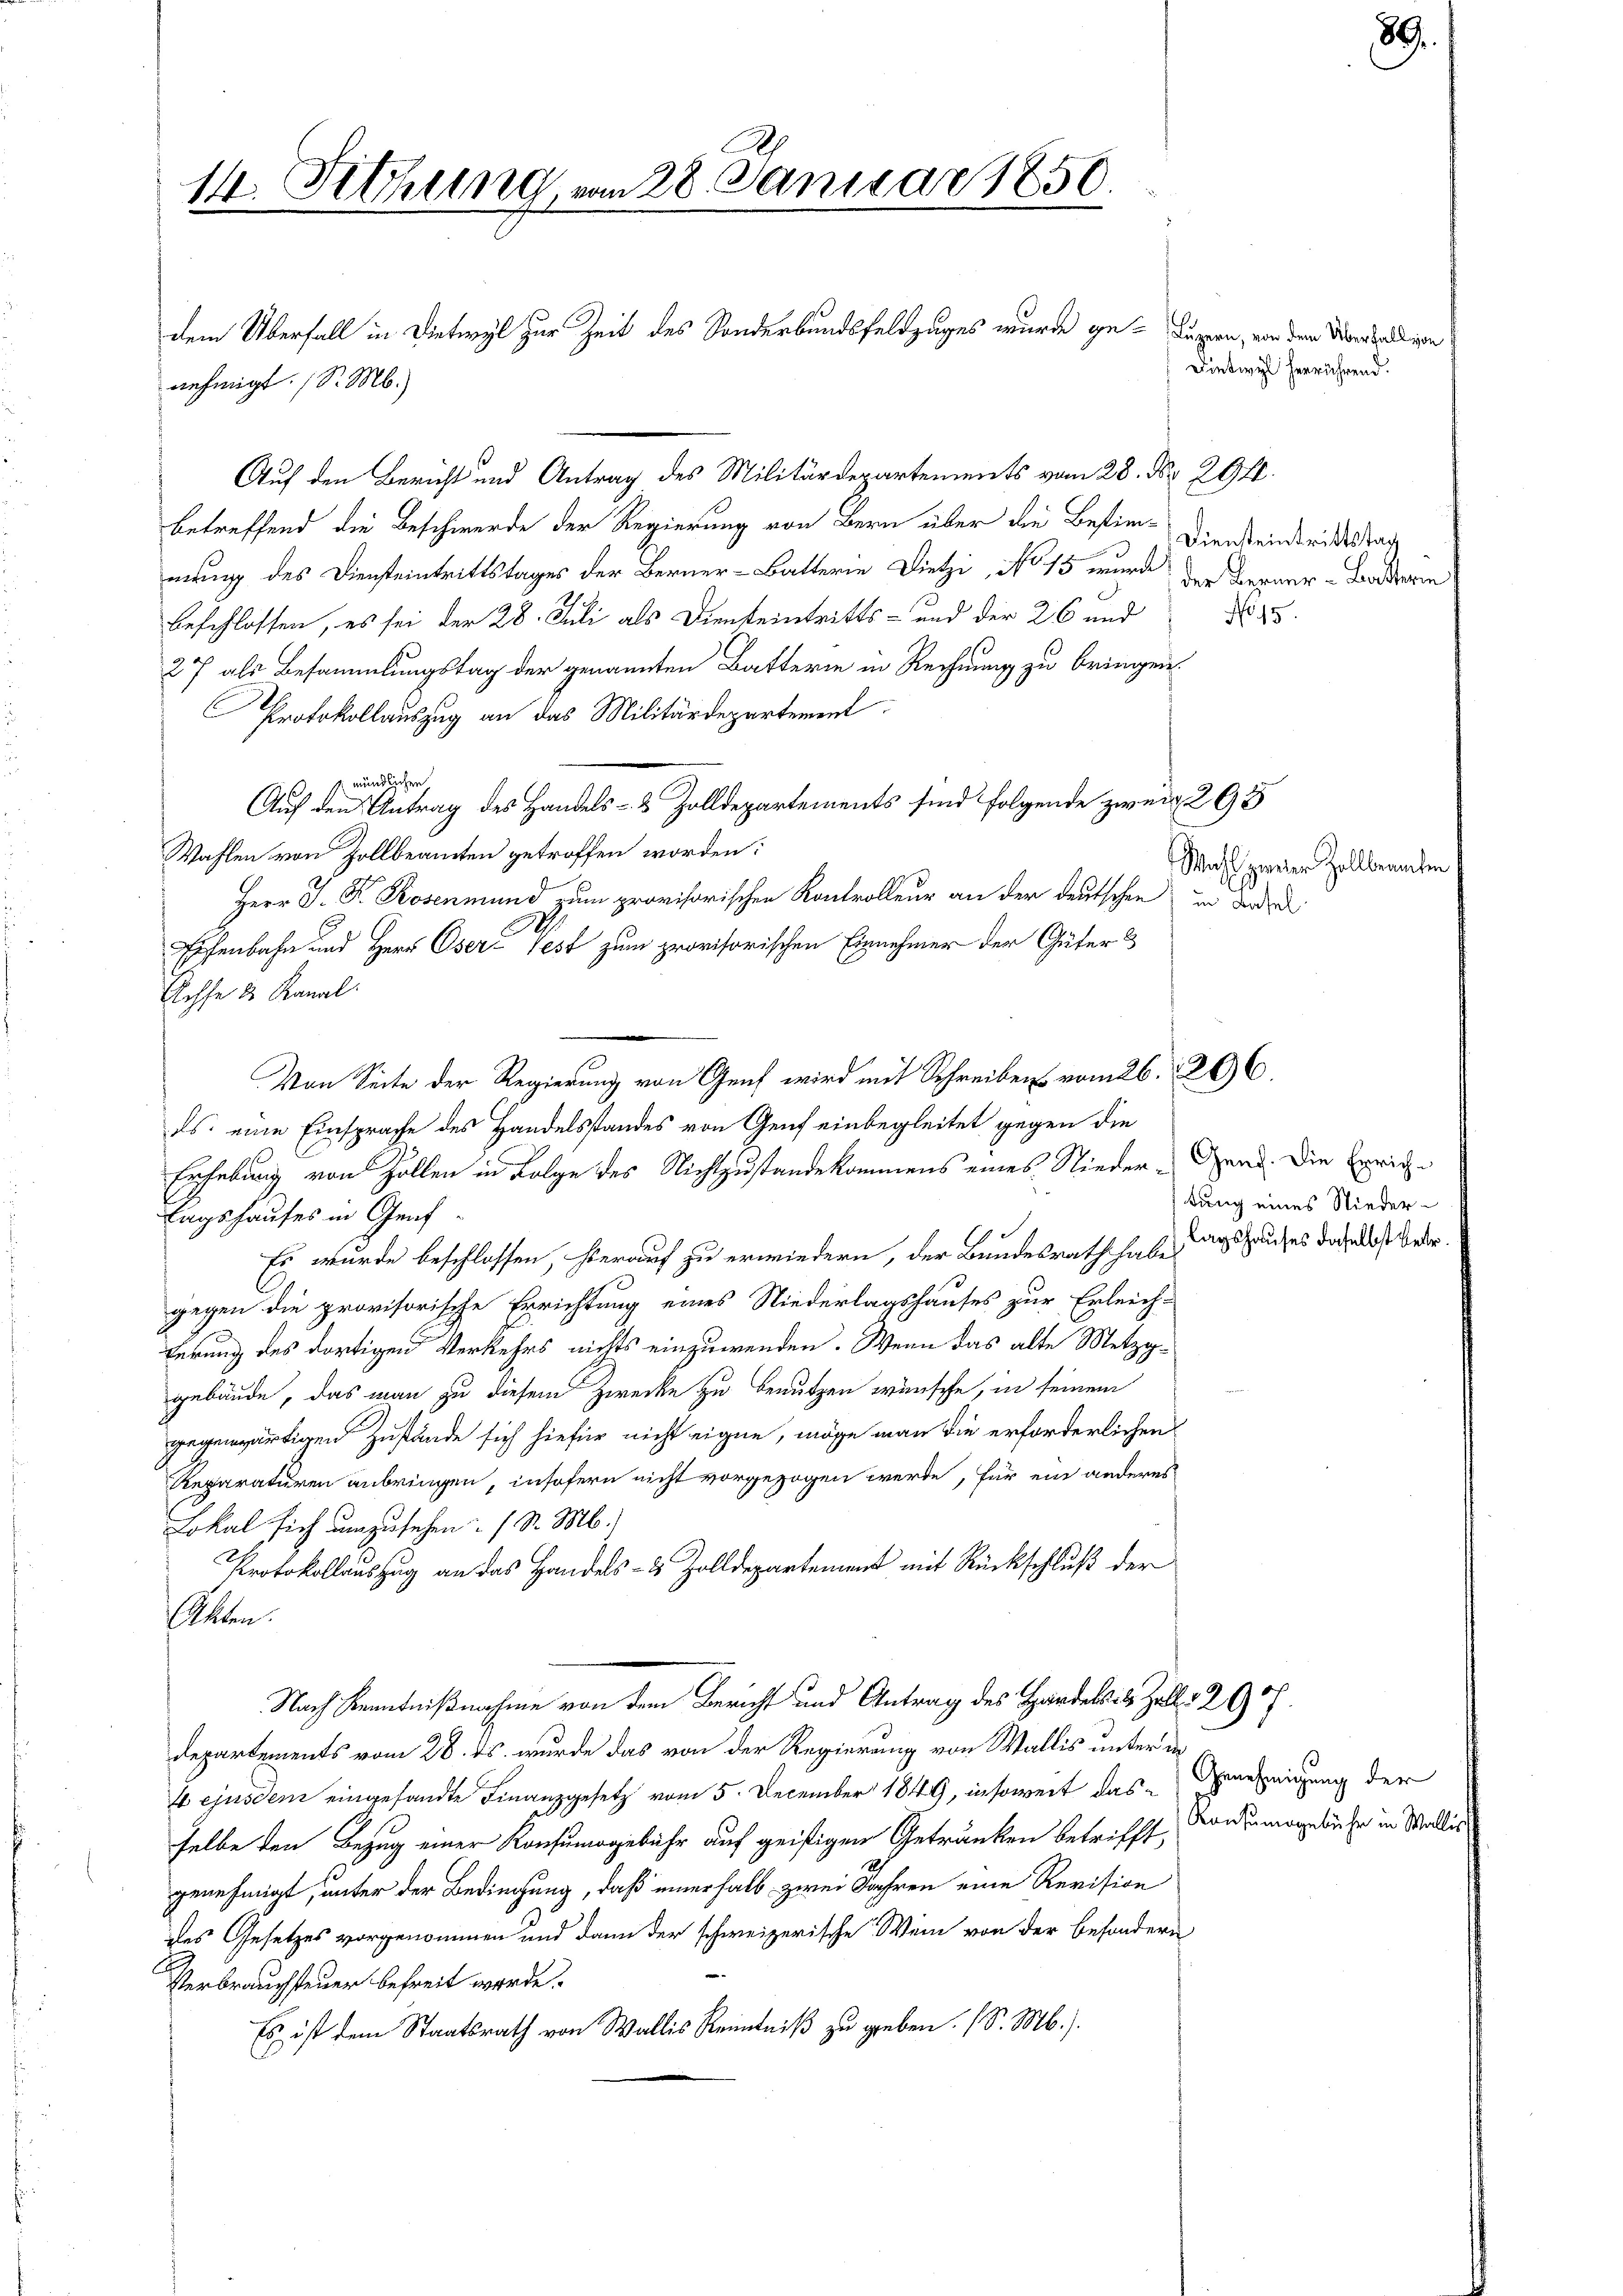
14. Setzung vom 28. Januar 1856.

nehmigt. (S. M.)
Auf den Bericht und Antrag des Militärdepartements vom 28. No 294.
betreffend die Beschwerde der Regierung von Bern über die Bestim- Diensteindsriedes Tag
mung des Diensteintrittstages der Berner-Batterie Dietzi, No 15 wurde der Begner-Garderin
beschlossen, es sei der 28. Juli als Diensteintritts- und der 26 und
27 als Besammlungstag der genannten Batterie in Rechnung zu bringen.
Protokollauszug an das Militärdepartement
1. mündlichen
Auf den Antrag des Handels- & Zolldepartements sind folgende zwei 293
Wahlen von Zollbeamten getroffen worden:
Herr J. F. Rosenmund zum provisorischen Kontrolleur an der deutschen in der
Eisenbahn und Herr Oser Pest zum provisorischen Einnehmer der Güter &
Echfe 2 Kanal:
Von Seite der Regierung von Genf wird mit Schreiben vom 26. 266.
ds. eine Einsprache des Handelsstandes von Genf einbegleitet gegen die
Erhebung von Zollen in Folge des Nichtzustandekommens eines Nieder-Band. Die Errichtagshauses in Genf
Es wurde beschlossen, hierauf zu erwiedern, der Bundesrath habe Tagshauses daselbst ergegen die provisorische Errichtung eines Niederlagshauses zur Erleich-
ferung des dortigen Verkehrs nichts einzuwenden. Wenn das alte Metzggebäude, das man zu diesem Zwecke zu benutzen wünsche, in seinem
gegenwärtigen Zustände sich hiefür nicht eigne, möge man die erforderlichen
Reparaturen anbringen, insofern nicht vorgezogen werde, für ein anderes
Lokal sich umzusehen (S. M.)
Protokollauszug an das Handels- & Zolldepartement mit Rückschluß der
kten.
Nach Kenntnißnahme von dem Bericht und Antrag des Handelst Zoll, 297.
departements vom 28. ds. wurde das von der Regierung von Wallis unter de
t ejusdem eingesandte Finanzgesetz vom 5. December 1849, insoweit das Genehmigung der
selbe den Bezug einer Konsumogebühr auf geistigen Getränken betrifft, Kontumsgebühr in Wallis
genehmigt, unter der Bedingung, daß einerhalb zwei Jahren eine Revision
des Gesetzes vorgenommen und dann der schweizerische Wein von der besondern
.
Verbrauchsteuer befreit werde.
Es ist dem Staatsrath von Wallis Kenntniß zu geben. (S. M.).

dem Überfall in Dietwyl zur Zeit des Sonderbundsfeldzuges wurde ge- Luzern, von dem Montalien

Wahl zweier Zollbeamten

No 15.

tung eines Nieder¬

89.

Dietwyl herrührend.